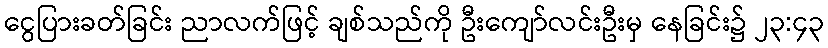
ငွေပြားခတ်ခြင်း ညာလက်ဖြင့် ချစ်သည်ကို ဦးကျော်လင်းဦးမှ နေခြင်း၌ ၂၃:၄၃